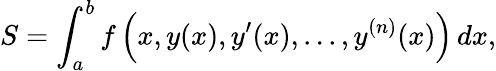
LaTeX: S=\int_{a}^{b}f\left(x,y(x),y^{\prime}(x),...,y^{(n)}(x)\right)\, dx,